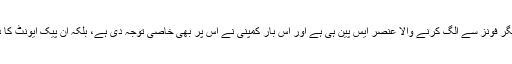
ایس پینفوٹو بشکریہ سام سنگ نوٹ سیریز کو دیگر فونز سے الگ کرنے والا عنصر ایس پین ہی ہے اور اس بار کمپنی نے اس پر بھی خاصی توجہ دی ہے، بلکہ ان پیک ایونٹ کا دعوت نامہ ہی ایس پین کے گرد ہی گھومتا ہے۔